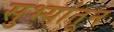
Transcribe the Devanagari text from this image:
सुभ्यांतून